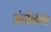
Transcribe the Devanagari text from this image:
अंतनिविष्टि